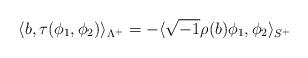
LaTeX: \begin{align*}\langle b, \tau(\phi_1, \phi_2)\rangle_{\Lambda^+}=-\langle\sqrt{-1}\rho(b)\phi_1 , \phi_2\rangle_{S^+}\end{align*}